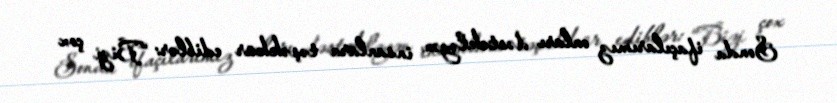
Sonda ifaçılarımız onları dəstəkləyən insanlara təşəkkür ediblər: “Bizi çox